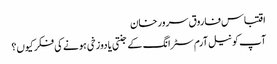
اقتباس فاروق سرور خان
آپ کو نیل آرم سٹرانگ کے جنتی یا دوزخی ہونے کی فکر کیوں؟